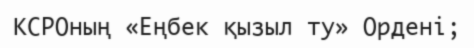
КСРОның «Еңбек қызыл ту» Ордені;